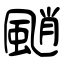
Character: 颵